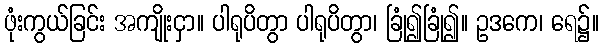
ဖုံးကွယ်ခြင်း အကျိုးငှာ။ ပါရုပိတွာ ပါရုပိတွာ၊ ခြုံ၍ခြုံ၍။ ဥဒကေ၊ ရေ၌။